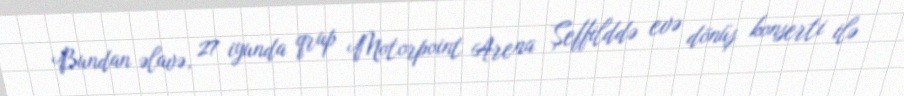
Bundan əlavə, 27 iyunda qrup Motorpoint Arena Şeffilddə evə dönüş konserti ilə